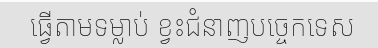
ធ្វើតាមទម្លាប់ ខ្វះជំនាញបច្ចេកទេស